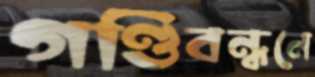
গণ্ডিবন্ধনে